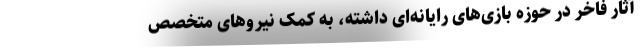
آثار فاخر در حوزه بازی‌های رایانه‌ای داشته، به کمک نیروهای متخصص